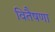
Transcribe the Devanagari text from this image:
वितैषणा